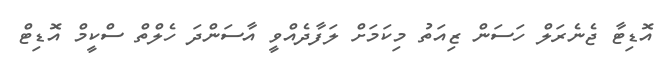
އޮޑިޓާ ޖެނެރަލް ހަސަން ޒިއަތު މިކަމަށް ލަފާދެއްވީ އާސަންދަ ހެލްތް ސްކީމް އޮޑިޓް